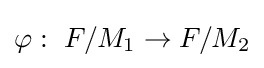
\varphi :\ F/M_{1}\to F/M_{2}